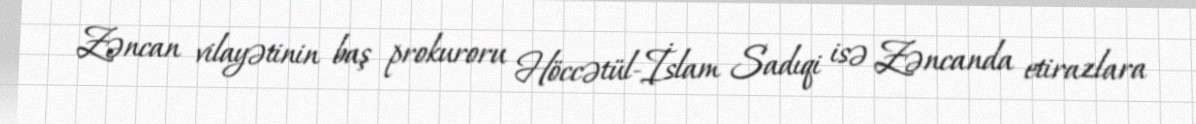
Zəncan vilayətinin baş prokuroru Höccətül-İslam Sadıqi isə Zəncanda etirazlara